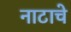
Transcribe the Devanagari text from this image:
नाटाचे